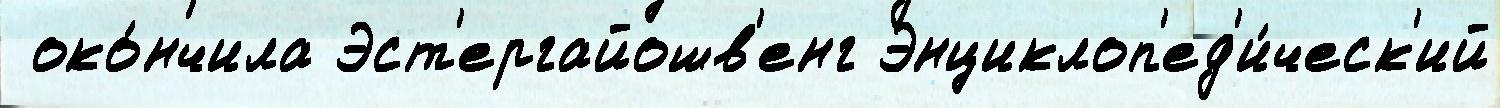
 око́нчила Эст'ергайошв'енг Энциклоп'ед'и́ческ'ий